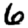
Digit: 6